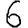
Digit: 6